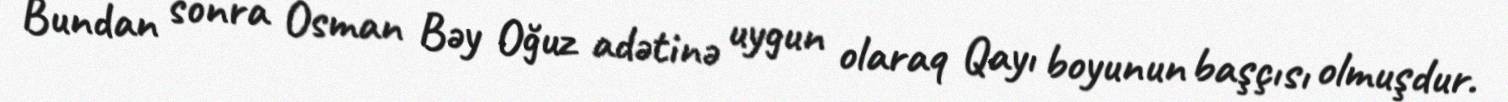
Bundan sonra Osman Bəy Oğuz adətinə uygun olaraq Qayı boyunun başçısı olmuşdur.